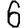
Digit: 6